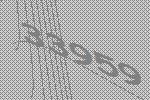
33959